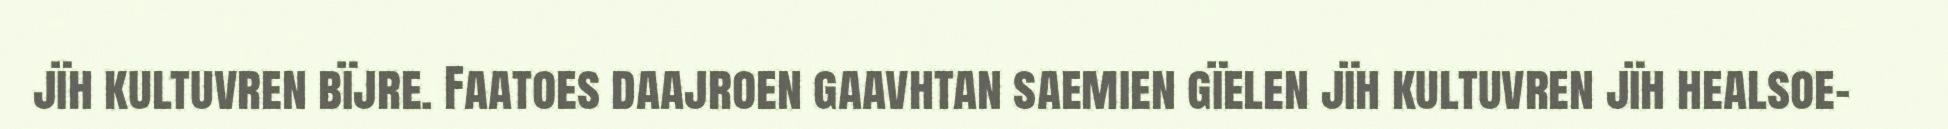
jïh kultuvren bïjre. Faatoes daajroen gaavhtan saemien gïelen jïh kultuvren jïh healsoe-